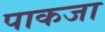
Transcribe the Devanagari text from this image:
पाकजा